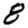
Digit: 8